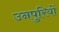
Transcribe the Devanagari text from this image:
उनपुरियों